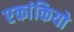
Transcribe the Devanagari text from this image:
एकांकियो